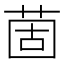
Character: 䓢